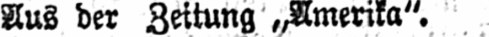
Aus der Zeitung „Amerika“.